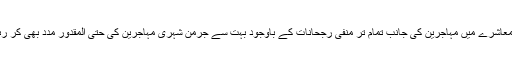
جرمن معاشرے میں مہاجرین کی جانب تمام تر منفی رجحانات کے باوجود بہت سے جرمن شہری مہاجرین کی حتی المقدور مدد بھی کر رہے ہیں۔